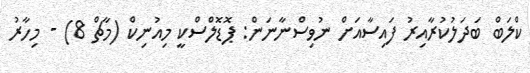
ކްލަބް ބަދަލުކުރާއިރު ފައިސާއަށް ނުވިސްނާނަން: ޕޮޑޮލްސްކީ މިއުނިކް (މާޗް 8) - މިހާރު